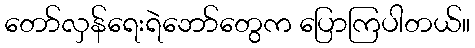
တော်လှန်ရေးရဲဘော်တွေက ပြောကြပါတယ်။